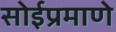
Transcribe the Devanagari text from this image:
सोईप्रमाणे